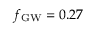
\ensuremath { f _ { \mathrm { G W } } } = 0 . 2 7